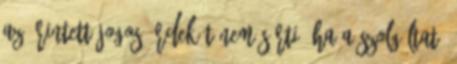
az Érintett jogos érdekét nem sérti. Ha a Szolgáltató